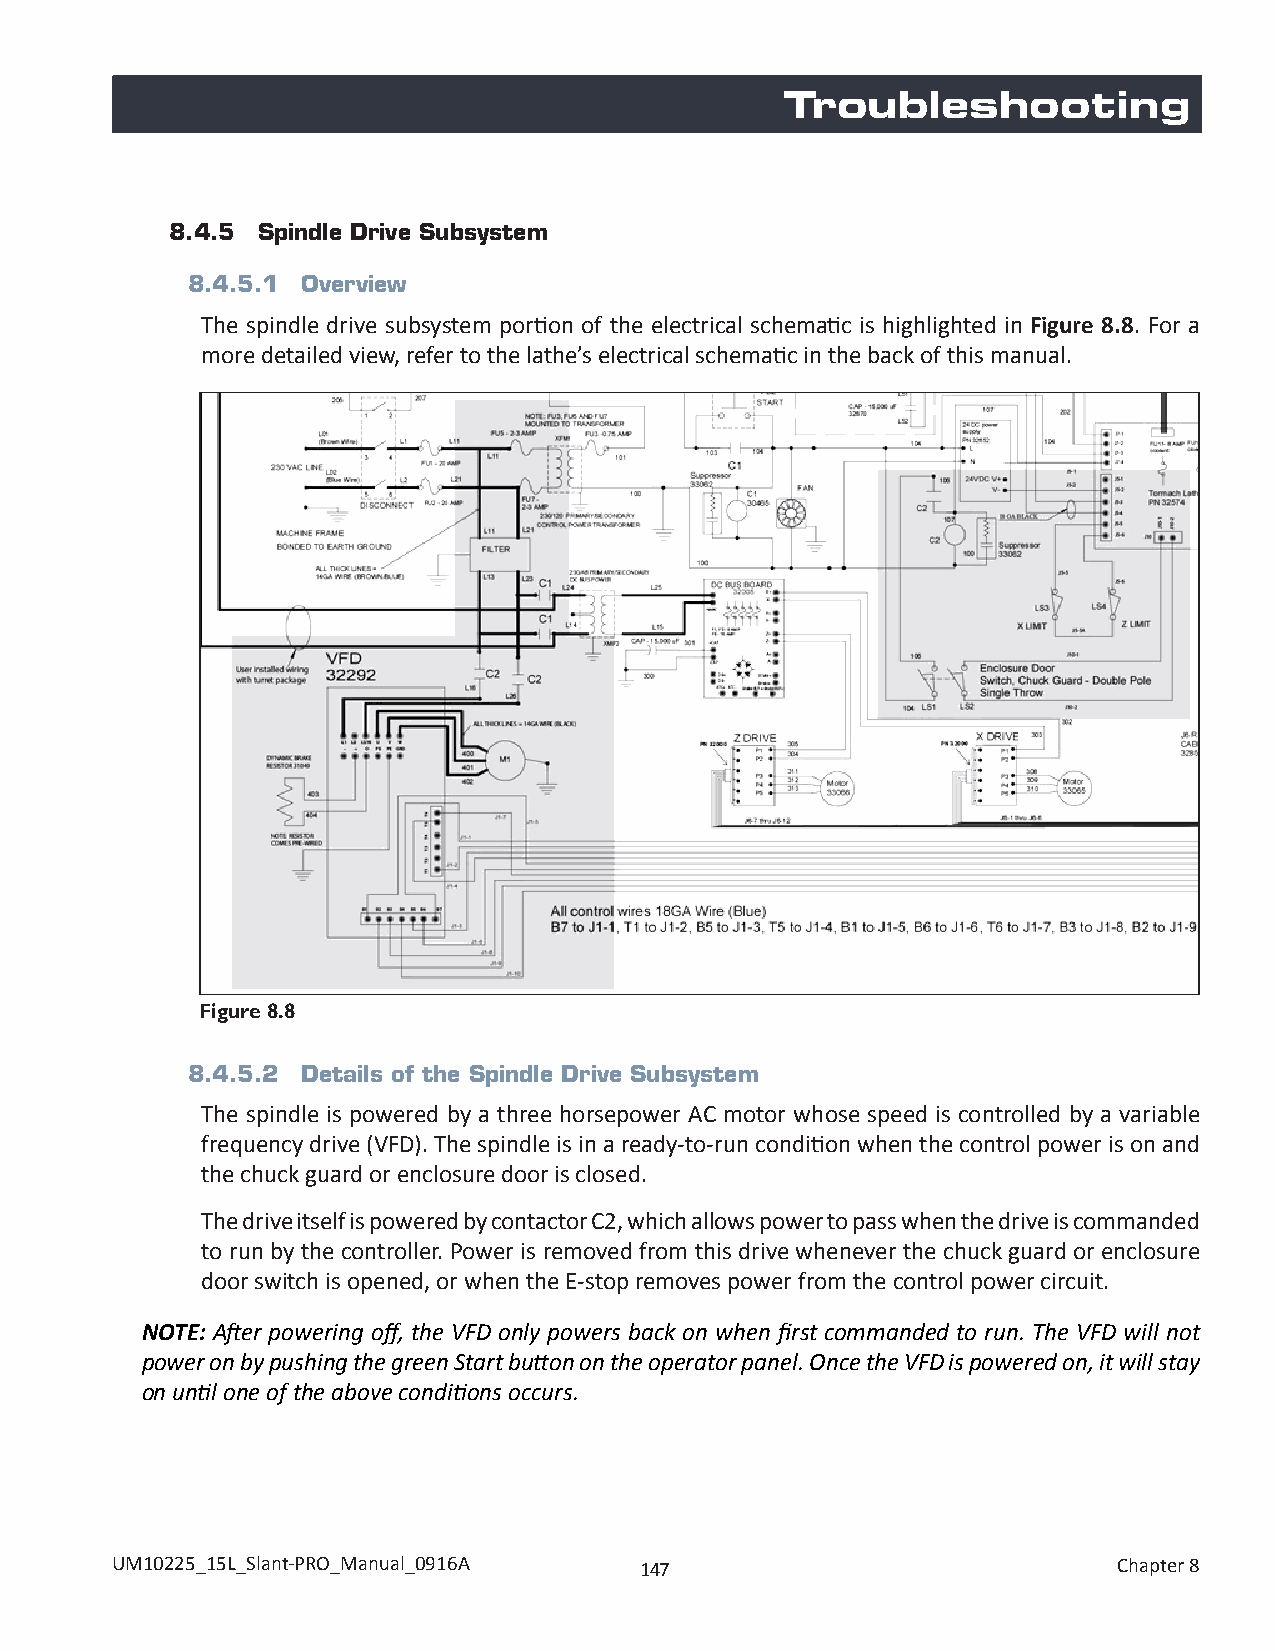
Troubleshooting
 8.4.5 Spindle Drive Subsystem
 8.4.5.1 Overview
 The spindle drive subsystem portion of the electrical schematic is highlighted in Figure 8.8. For a
 more detailed view, refer to the lathe’s electrical schematic in the back of this manual.
 Figure 8.8
 8.4.5.2 Details of the Spindle Drive Subsystem
 The spindle is powered by a three horsepower AC motor whose speed is controlled by a variable
 frequency drive (VFD). The spindle is in a ready-to-run condition when the control power is on and
 the chuck guard or enclosure door is closed.
 The drive itself is powered by contactor C2, which allows power to pass when the drive is commanded
 to run by the controller. Power is removed from this drive whenever the chuck guard or enclosure
 door switch is opened, or when the E-stop removes power from the control power circuit.
 NOTE: After powering off, the VFD only powers back on when first commanded to run. The VFD will not
 power on by pushing the green Start button on the operator panel. Once the VFD is powered on, it will stay
 on until one of the above conditions occurs.
 UM10225_15L_Slant-PRO_Manual_0916A 147                             Chapter 8